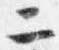
二